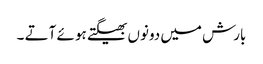
بارش میں دونوں بھیگتے ہو ئے آتے ۔